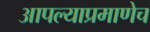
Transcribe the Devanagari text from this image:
आपल्याप्रमाणेच